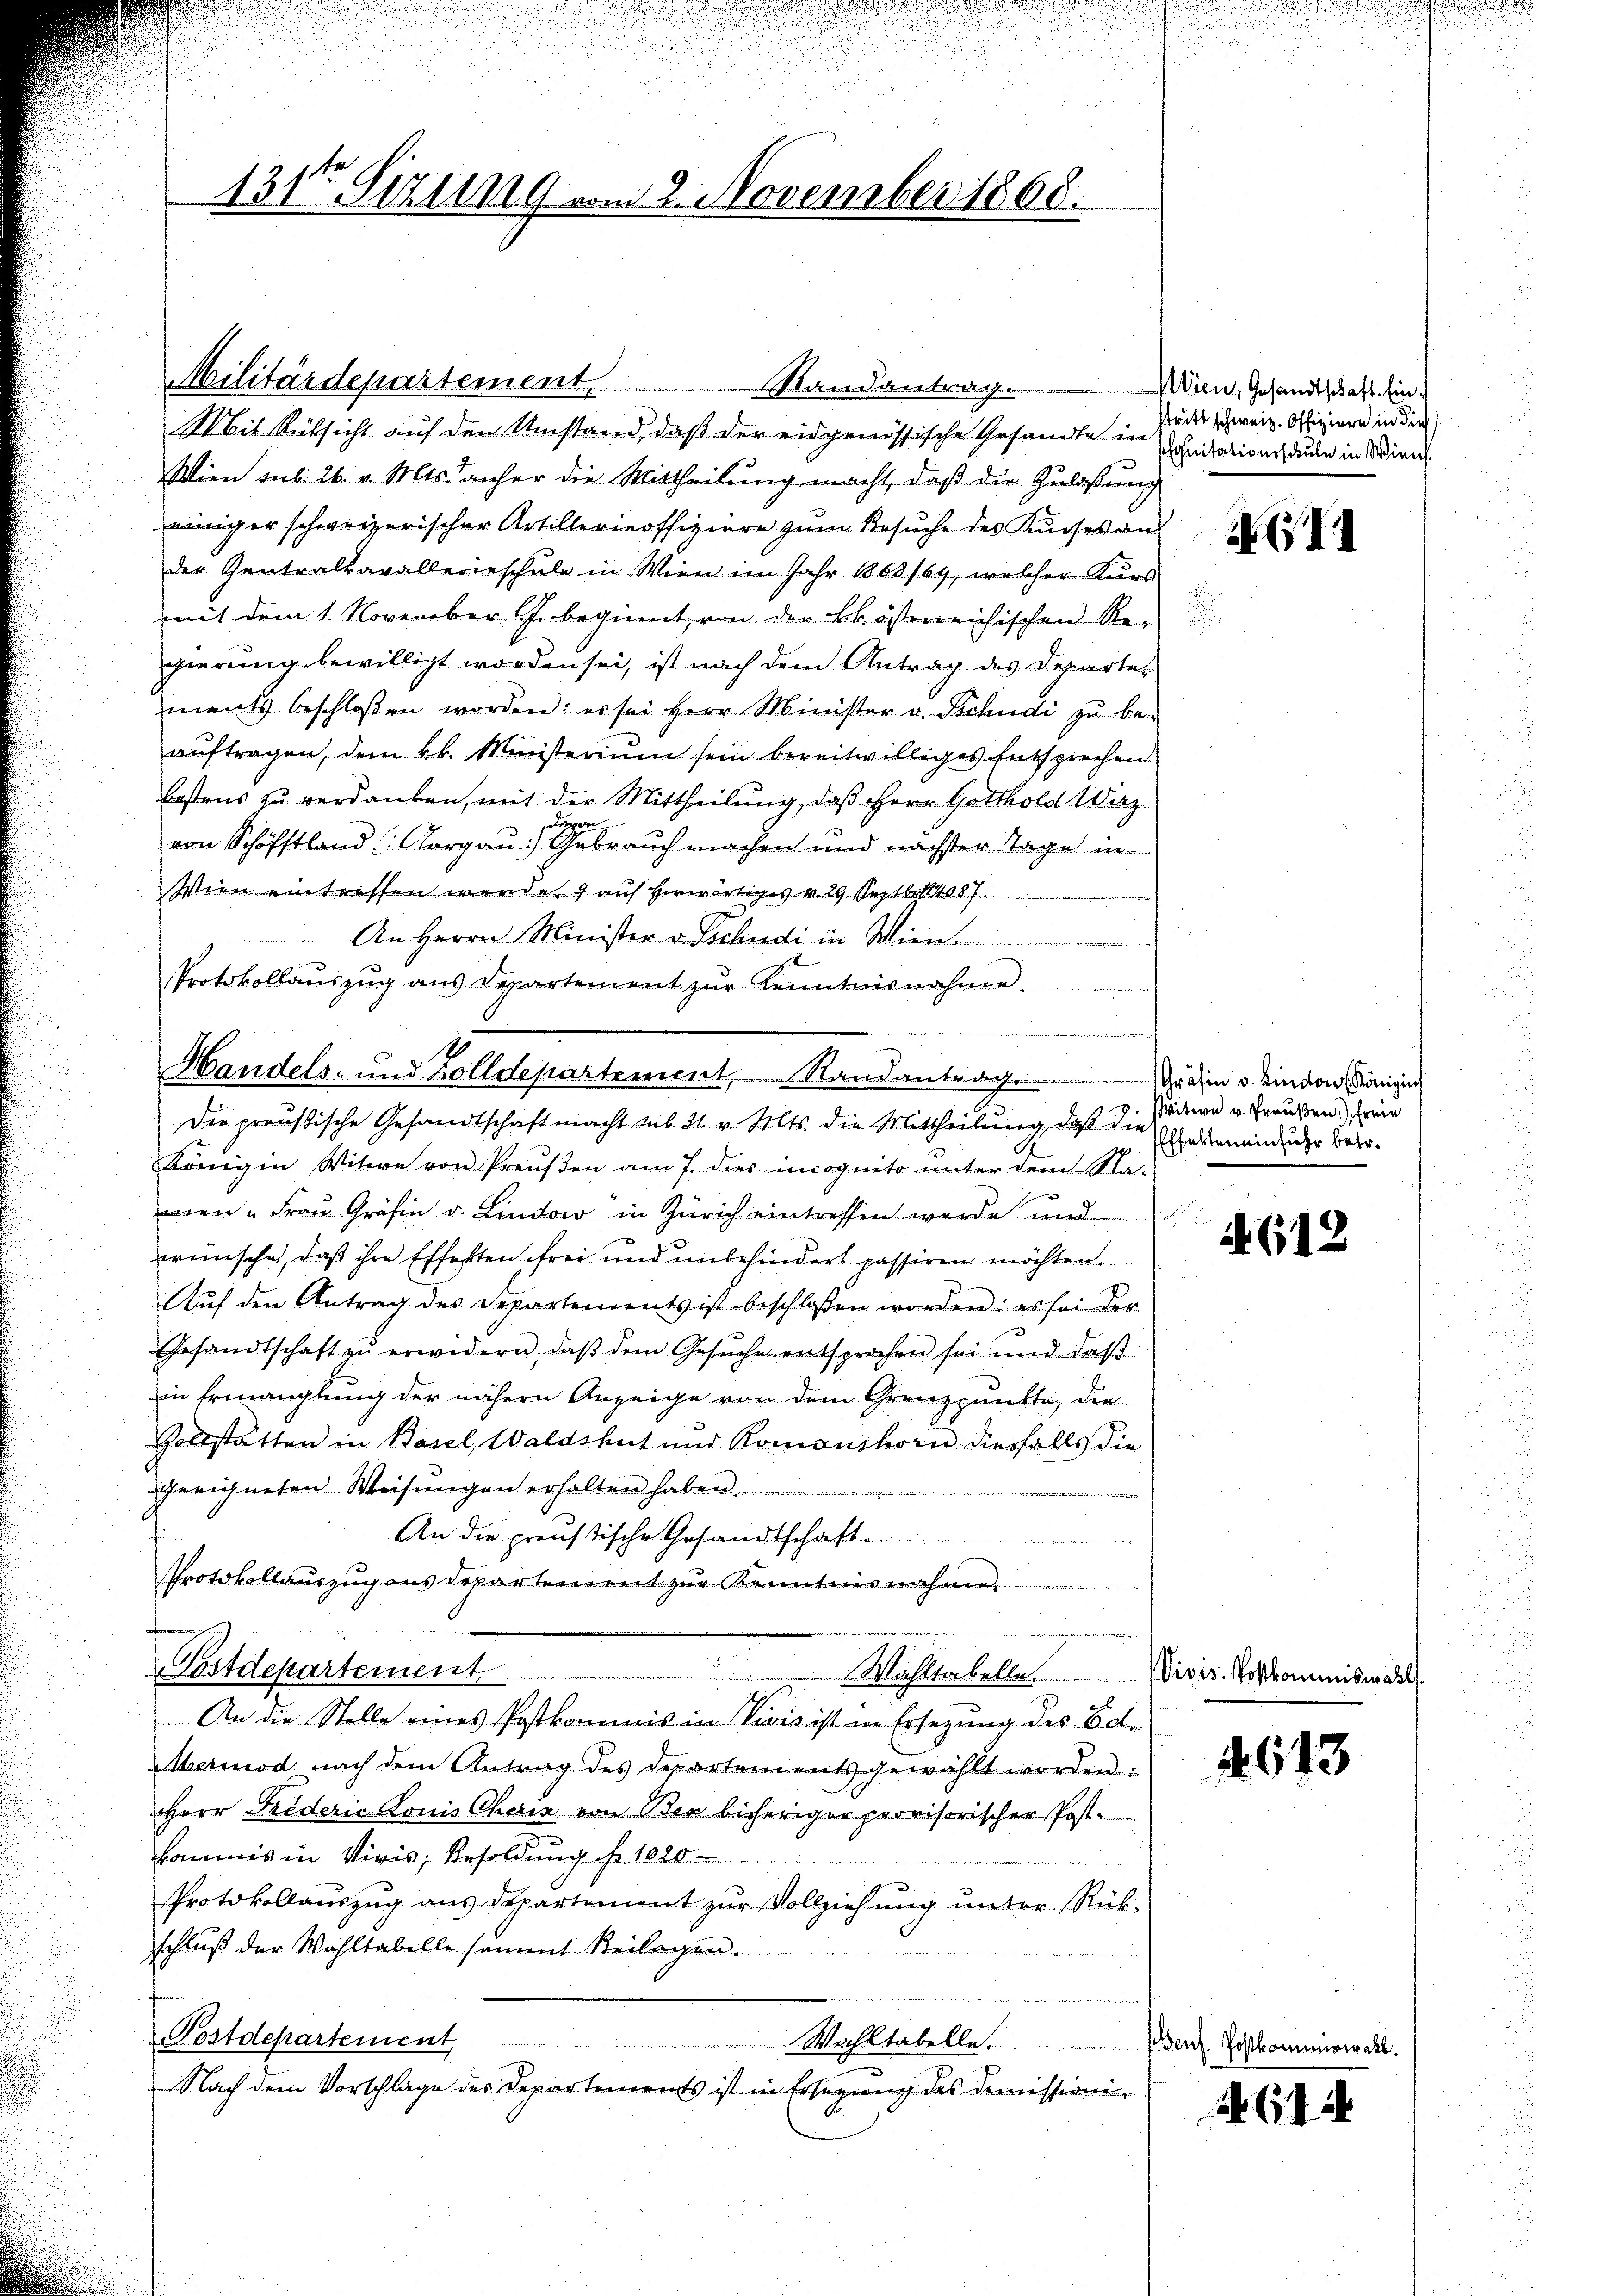
131ten Sizung vom 2. November 1868.

Militärdepartement.
Standantrage
Mit Rücksicht auf den Umstand, daß der eidgenössische Gesandte in
Wien sub. 26. v. Mts. anher die Mittheilung macht, daß die Zulassung
einiger schweizerischer Artillerieoffiziere zum Besuche des Kurses an
der Gentralkavallerieschule in Wien im Jahr 1863/64, welcher Kurs
mit dem 1. November J. beginnt, von der kk. österreichischen Re-
gierung bewilligt worden sei, ist nach dem Antrag des Departements beschlossen worden: es sei Herr Minister v. Schudi zŭ be-
aŭftragen, dem k.k. Ministerium sein bereitwilliges Entsprechen
bestens zu verdanken, mit der Mittheilung, daß Herr Gotthold Wirz
depon
von Schöfftland (Aargau) Gebrauch machen und nächster Tage in
Wien eintreffen werden 7 auf herwärtiges v. 29. Septbr. 187
An Herrn Minister v. Tschudi in Wien.
Protokollauszug aus Departement zŭr Kenntnisnahme.
Die preußische Gesandtschaft macht sub 31. v. Mts. die Mittheilung, daß die
Königin Witwe von Preußen am 7. dies incognito unter dem Ma-
wen " Frau Gräfin u. Lindow in Zürich eintreffen werde und
wünsche, daß ihre Effekten frei und unbehindert passiren möchten.
Auf den Antrag des Separtements ist beschlossen worden: es sei der
Gesandtschaft zŭ erwidern, daβ dem Gesŭche entsprochen sei und daβ
in Ermanglung der nähern Anzeige von dem Grenzpunkte, die
Zollstätten in Basel, Waldshut und Romanshorn diesfalls die
geeichneten Weisungen erhalten haben.
F
An die preußische Gesandtschaft.

Protokollaŭszŭg aŭs Departement zŭr Kenntnisnahme.
Postdepartement
n
Wahltabelle
An die Stelle eines Postkommis in Vivis ist in Ersezung des Baleriod nach dem Antrag des Departements gewählt worden.
Herr Friderić Louis Chorin von Oder bisheriger provisorischer Postkommis in Vivis; Besoldung fr. 1020
Protokollauszug aus Departement zur Vollziehung unter Rückschluß der Wohltabelle sammt Beilagen.
Postdepartement Wahltabelle
Nach dem Vorschlage des Departements ist in Ersezung des Demissioni¬

Handels- und Zolldepartement, Standantrage dahin u. einden Königen

pe

Wien, Gesandtschaft. Ein
stritt schweiz. Offiziere in dies
Phonitativerschule in Wien.

Witwe v. Preußen) Freie
Effekten einfuhr betr.

ent. Postkor

XXII

A 612

Vivis. Postkommiswahl

613

614

miner al